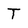
Character: T